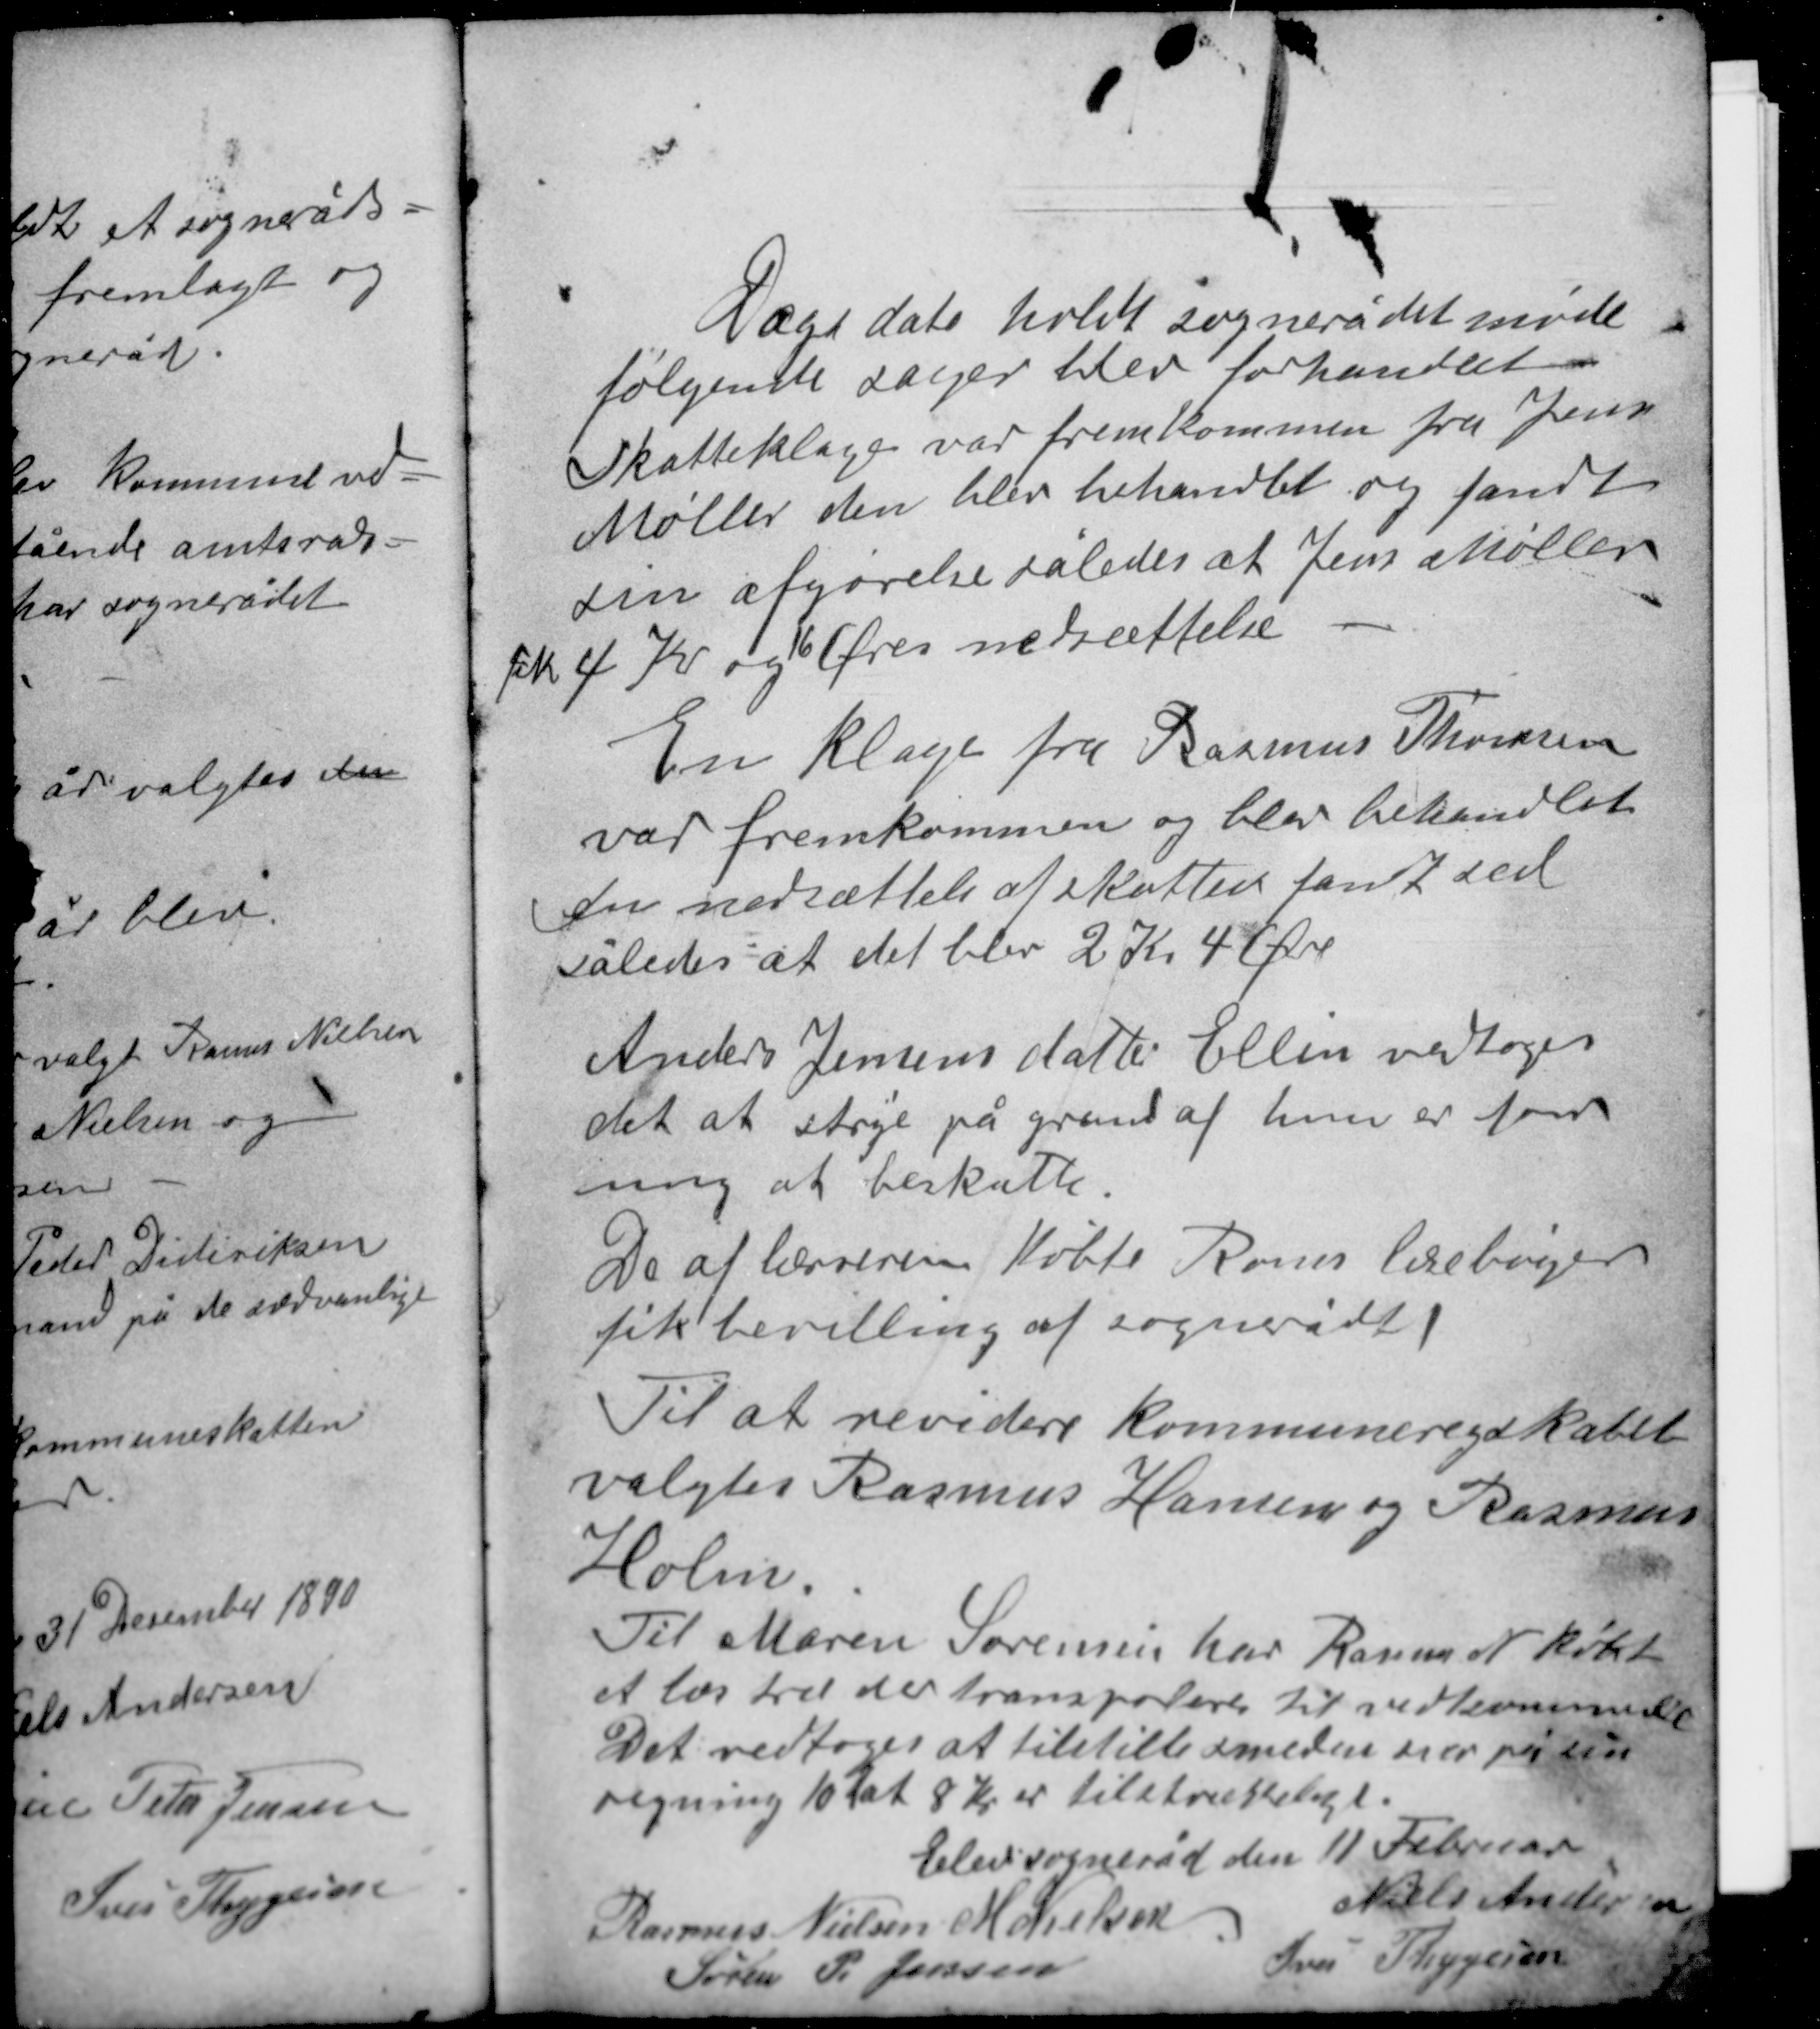
Transskription:
Dags dato holdt sognerådet møde
følgende sager blev forhandlet.
Skatteklage var fremkommen fra Jens
Møller den blev behandlet og fandt
sin afgørelse således at Jens Møller
fik 4 Kr og 16 Øres nedsættelse.

En klage fra Rasmus Thomsen
var fremkommen og blev behandlet
En nedsættelse af skatten fandt sted
således at det blev 2 Kr 4 Øre

Anders Jensens datter Ellen vedtoges
det at stryge på grund af hun er for
ung at beskatte.
De af læreren købte Roms lærebøger
fik bevilling af sognerådet.

Til at revidere kommuneregnskabet
valgtes Rasmus Hansen og Rasmus
Holm.
Til Maren Sørensen har Rasmus N købt
et læs træ der transporteres til vedkommende.
Det vedtoges at tilstille smeden svar på sin
regning 10 k at 8 Kr er tilstrækkeligt.

Elev sogneråd den 11 Februar
Niels Andersen
Rasmus Nielsen M. Nielsen
Iver Thygesen
Søren P. Jensen